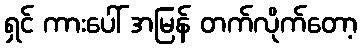
ရှင် ကားပေါ် အမြန် တက်လိုက်တော့